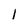
Character: 1